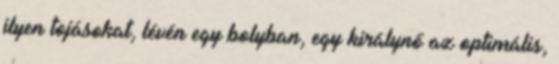
ilyen tojásokat, lévén egy bolyban, egy királynő az optimális,